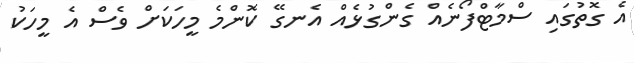
އެ ގޮތުގައި ސްމާޓްފޯނެއް ގެންގުޅެއް އެނގޭ ކޮންމެ މީހަކަށް ވެސް އެ މީހަކު